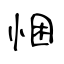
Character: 悃